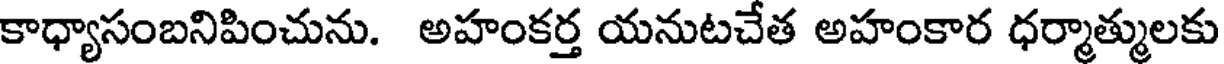
కాధ్యాసంబనిపించును. అహంకర్త యనుటచేత అహంకార ధర్మాత్ములకు